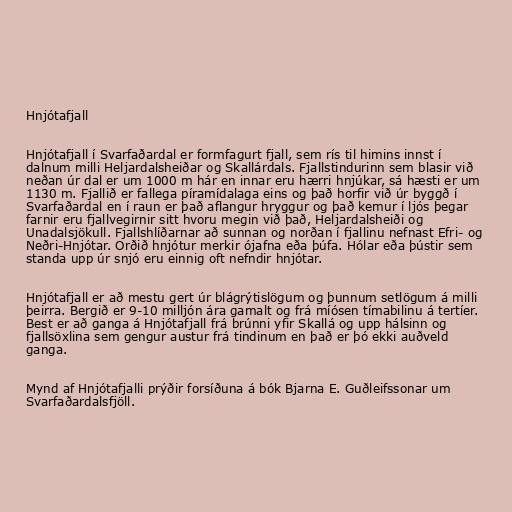
Hnjótafjall

Hnjótafjall í Svarfaðardal er formfagurt fjall, sem rís til himins innst í
dalnum milli Heljardalsheiðar og Skallárdals. Fjallstindurinn sem blasir við
neðan úr dal er um 1000 m hár en innar eru hærri hnjúkar, sá hæsti er um
1130 m. Fjallið er fallega píramídalaga eins og það horfir við úr byggð í
Svarfaðardal en í raun er það aflangur hryggur og það kemur í ljós þegar
farnir eru fjallvegirnir sitt hvoru megin við það, Heljardalsheiði og
Unadalsjökull. Fjallshlíðarnar að sunnan og norðan í fjallinu nefnast Efri- og
Neðri-Hnjótar. Orðið hnjótur merkir ójafna eða þúfa. Hólar eða þústir sem
standa upp úr snjó eru einnig oft nefndir hnjótar.

Hnjótafjall er að mestu gert úr blágrýtislögum og þunnum setlögum á milli
þeirra. Bergið er 9-10 milljón ára gamalt og frá míósen tímabilinu á tertíer.
Best er að ganga á Hnjótafjall frá brúnni yfir Skallá og upp hálsinn og
fjallsöxlina sem gengur austur frá tindinum en það er þó ekki auðveld
ganga.

Mynd af Hnjótafjalli prýðir forsíðuna á bók Bjarna E. Guðleifssonar um
Svarfaðardalsfjöll.